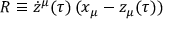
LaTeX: R \equiv \dot { z } ^ { \mu } ( \tau ) \, ( x _ { \mu } - z _ { \mu } ( \tau ) )